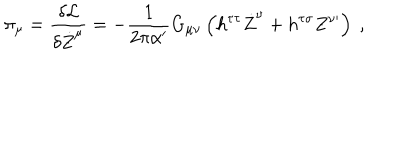
LaTeX: \pi _ { \mu } = \frac { \delta \mathcal { L } } { \delta \dot { Z } ^ { \mu } } = - \frac { 1 } { 2 \pi \alpha ^ { \prime } } G _ { \mu \nu } \left( h ^ { \tau \tau } \dot { Z } ^ { \nu } + h ^ { \tau \sigma } Z ^ { \nu \prime } \right) \ ,